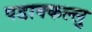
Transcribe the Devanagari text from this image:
पडाक्कल्लु